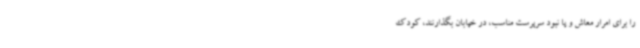
را برای امرار معاش و یا نبود سرپرست مناسب، در خیابان بگذارنند، کودک